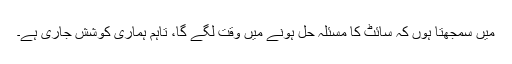
میں سمجھتا ہوں کہ سائٹ کا مسئلہ حل ہونے میں وقت لگے گا، تاہم ہماری کوشش جاری ہے۔